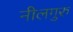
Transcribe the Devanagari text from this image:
नीलगुरु